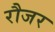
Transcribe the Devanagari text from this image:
रौजर